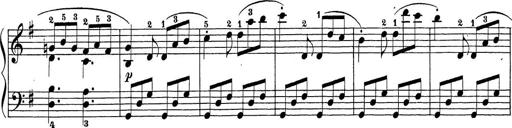
Title: Sonatina Album
Composer: Louis KÃ¶hler